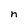
Character: n